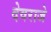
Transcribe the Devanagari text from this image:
देवराजे